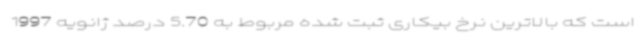
است که بالاترین نرخ بیکاری ثبت شده مربوط به 5.70 درصد ژانویه 1997